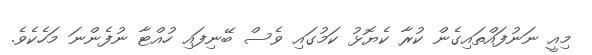
މިއީ ނަނުފައްތައިގެން ކުރާ ކެޔޮޅު ކަމުގައި ވެސް ބޭނިފައި ހުއްޓާ ނުފެންނަ މަހެކެވެ.